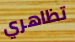
تظاهري